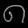
Digit: ၈